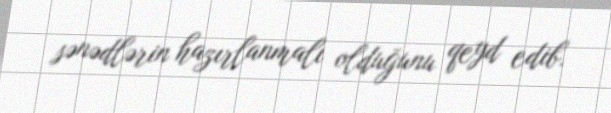
sənədlərin hazırlanmalı olduğunu qeyd edib.